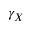
\gamma _ { X }